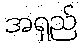
အရှည်